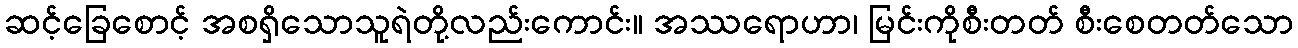
ဆင့်ခြေစောင့် အစရှိသောသူရဲတို့လည်းကောင်း။ အဿရောဟာ၊ မြင်းကိုစီးတတ် စီးစေတတ်သော